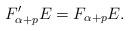
LaTeX: \begin{align*}F'_{\alpha+p}E=F_{\alpha+p}E.\end{align*}